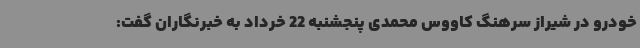
خودرو در شیراز سرهنگ کاووس محمدی پنجشنبه 22 خرداد به خبرنگاران گفت: